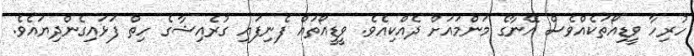
ހުރިހާ ވީޑިއޯތަކެއްވެސް އޭނާގެ މަންމައަށް ދެއްކިއެވެ. ވީޑީއޯތައް ފެނިފައި ގުރެއިޝާގެ ހިތް ފަޅައިގެންދިޔައެވެ.